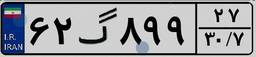
۶۲گ۸۹۹۲۷